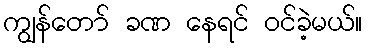
ကျွန်တော် ခဏ နေရင် ဝင်ခဲ့မယ်။